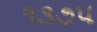
૧૩૭૫